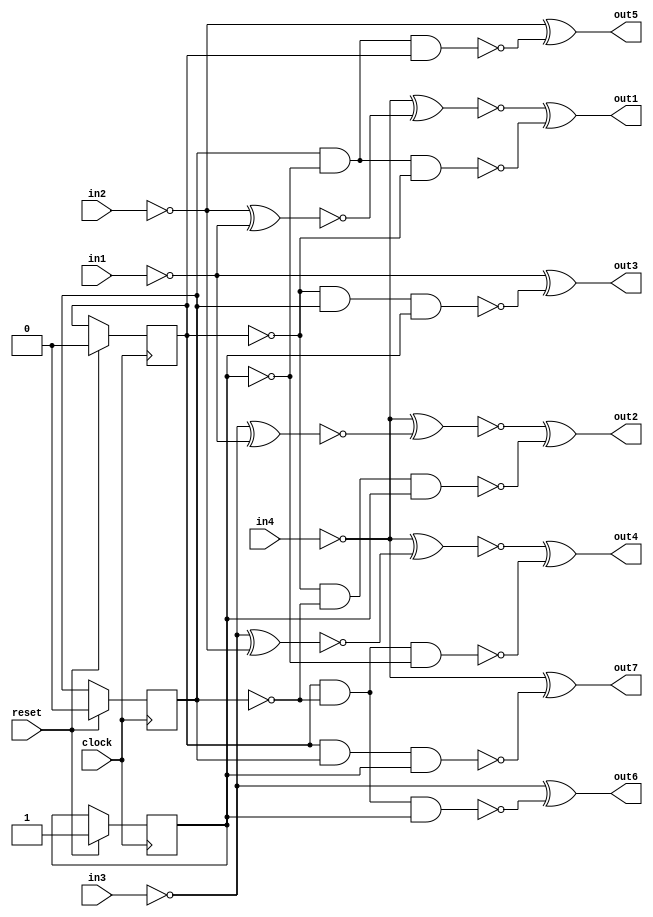
// Benchmark "hamming7" written by ABC on Mon Nov 24 09:53:00 2014

module hamming7 ( reset,clock, 
    in1, in2, in3, in4,
    out1, out2, out3, out4, out5, out6, out7  );
  input  clock, reset;
  input  in1, in2, in3, in4;
  output out1, out2, out3, out4, out5, out6, out7;
  reg r0, r1, r2;
  wire n21, n22, n23, n27, n28, n29_1, n30, n31, n32, n33, n43, n44, n45,
    n46, n47, n48, n49, n50, n51, n52, n53, n54, n55, n56, n57, n58, n59,
    n60, n61, n62, n63, n64, n65, n66, n67, n68, n24, n29, n34;
  assign n21 = r0;
  assign n22 = r1;
  assign n23 = r2;
  assign n24 = n21;
  assign n29 = n22;
  assign n34 = n23;
  assign n27 = r0 & ~r1 & ~r2;
  assign n28 = ~r2 & ~r0 & r1;
  assign n29_1 = ~r2 & r0 & r1;
  assign n30 = r2 & ~r0 & ~r1;
  assign n31 = r0 & ~r1 & r2;
  assign n32 = r2 & ~r0 & r1;
  assign n33 = r2 & r0 & r1;
  assign out1 = ~n54 ^ ~n27;
  assign out2 = ~n59 ^ ~n28;
  assign out3 = ~n65 ^ ~n29_1;
  assign out4 = ~n64 ^ ~n30;
  assign out5 = ~n66 ^ ~n31;
  assign out6 = ~n67 ^ ~n32;
  assign out7 = ~n68 ^ ~n33;
  assign n43 = 1'b0;
  assign n44 = 1'b0;
  assign n45 = in1;
  assign n46 = 1'b0;
  assign n47 = in2;
  assign n48 = in3;
  assign n49 = in4;
  assign n50 = n43;
  assign n51 = ~n45 ^ ~n50;
  assign n52 = ~n47 ^ ~n51;
  assign n53 = ~n49 ^ ~n52;
  assign n54 = n53;
  assign n55 = n44;
  assign n56 = ~n45 ^ ~n55;
  assign n57 = ~n48 ^ ~n56;
  assign n58 = ~n49 ^ ~n57;
  assign n59 = n58;
  assign n60 = n46;
  assign n61 = ~n47 ^ ~n60;
  assign n62 = ~n48 ^ ~n61;
  assign n63 = ~n49 ^ ~n62;
  assign n64 = n63;
  assign n65 = n45;
  assign n66 = n47;
  assign n67 = n48;
  assign n68 = n49;
  always @ (posedge clock) begin
	 if(reset) begin
	   r0 <=1'b0;
	   r1 <=1'b1;
	   r2 <=1'b0;
	 end
	 else begin
    {r0,r1,r2} <= {r0,r1,r2};
	end
  end
endmodule